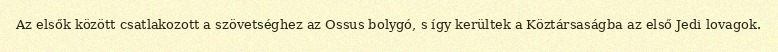
Az elsők között csatlakozott a szövetséghez az Ossus bolygó, s így kerültek a Köztársaságba az első Jedi lovagok.